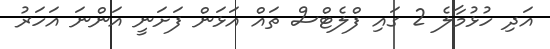
އަދި ހުޅުމާލެ 2 ގައި ފްލެޓްސް ތައް އަޅަން ފަށަނީ އަންނަ އަހަރު